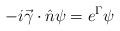
LaTeX: \begin{align*}-i \vec{\gamma} \cdot \hat{n} \psi = e^{\Gamma} \psi\end{align*}